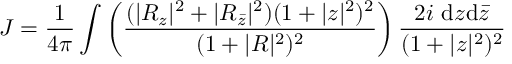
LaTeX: { \cal J } = \frac { 1 } { 4 \pi } \int \left( \frac { ( | R _ { z } | ^ { 2 } + | R _ { { \bar { z } } } | ^ { 2 } ) ( 1 + | z | ^ { 2 } ) ^ { 2 } } { ( 1 + | R | ^ { 2 } ) ^ { 2 } } \right) \frac { 2 i ~ \mathrm { d } z \mathrm { d } { \bar { z } } } { ( 1 + | z | ^ { 2 } ) ^ { 2 } }